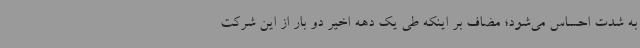
به شدت احساس می‌شود؛ مضاف بر اینکه طی یک دهه اخیر دو بار از این شرکت